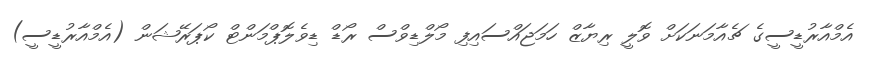
އެމްއާރުޑީސީގެ ޗެއާމަނަކަށް ވޮލީ ރިޔާޒް ހަމަޖައްސައިފި މޯލްޑިވްސް ރޯޑް ޑިވެލޮޕްމަންޓް ކޯޕަރޭޝަން (އެމްއާރުޑީސީ)